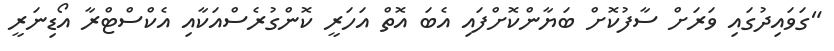
"ގަވައިދުގައި ވަރަށް ސާފުކޮށް ބަޔާންކޮށްފައި އެބަ އޮތް އަހަރީ ކޮންގުރެސްއަކާއި އެކްސްޓްރާ އޯޑިނަރީ